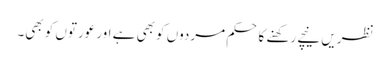
نظریں نیچے رکھنے کا حکم مردوں کو بھی ہے اور عورتوں کو بھی۔